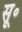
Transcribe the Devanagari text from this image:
सू॰